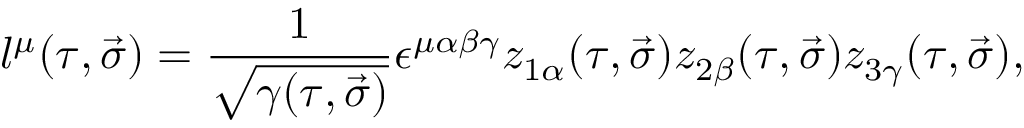
l ^ { \mu } ( \tau , \vec { \sigma } ) = \frac { 1 } { \sqrt { \gamma ( \tau , \vec { \sigma } ) } } \epsilon ^ { \mu \alpha \beta \gamma } z _ { 1 \alpha } ( \tau , \vec { \sigma } ) z _ { 2 \beta } ( \tau , \vec { \sigma } ) z _ { 3 \gamma } ( \tau , \vec { \sigma } ) ,